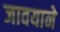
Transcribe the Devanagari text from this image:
जावयाने